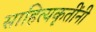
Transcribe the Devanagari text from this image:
साहित्यकृतींनी